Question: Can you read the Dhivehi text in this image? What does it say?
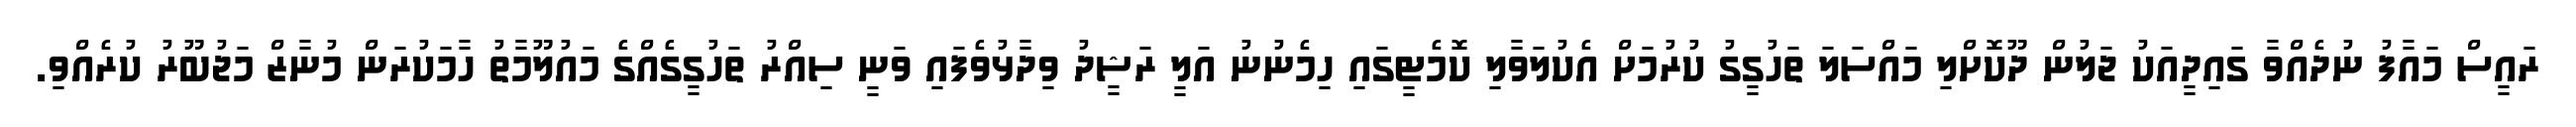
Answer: ރައީސް މައާފު ނުދެއްވާ ގައިދީއަކު ޖަލުން ދޫކޮށްލި މައްސަލަ ތަހުގީގު ކުރުމަށް އެކުލަވާލި ކޮމެޓީގައި ހިމެނުނު އަލީ ރަޝީދު ވިދާޅުވެފައި ވަނީ ސިއްރު ތަހުގީގެއްގެ މައުލޫމާތު ހާމަކުރަން މުނާޒް މަޖުބޫރު ކުރެއްވި.